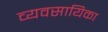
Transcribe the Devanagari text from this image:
व्यवसायिका